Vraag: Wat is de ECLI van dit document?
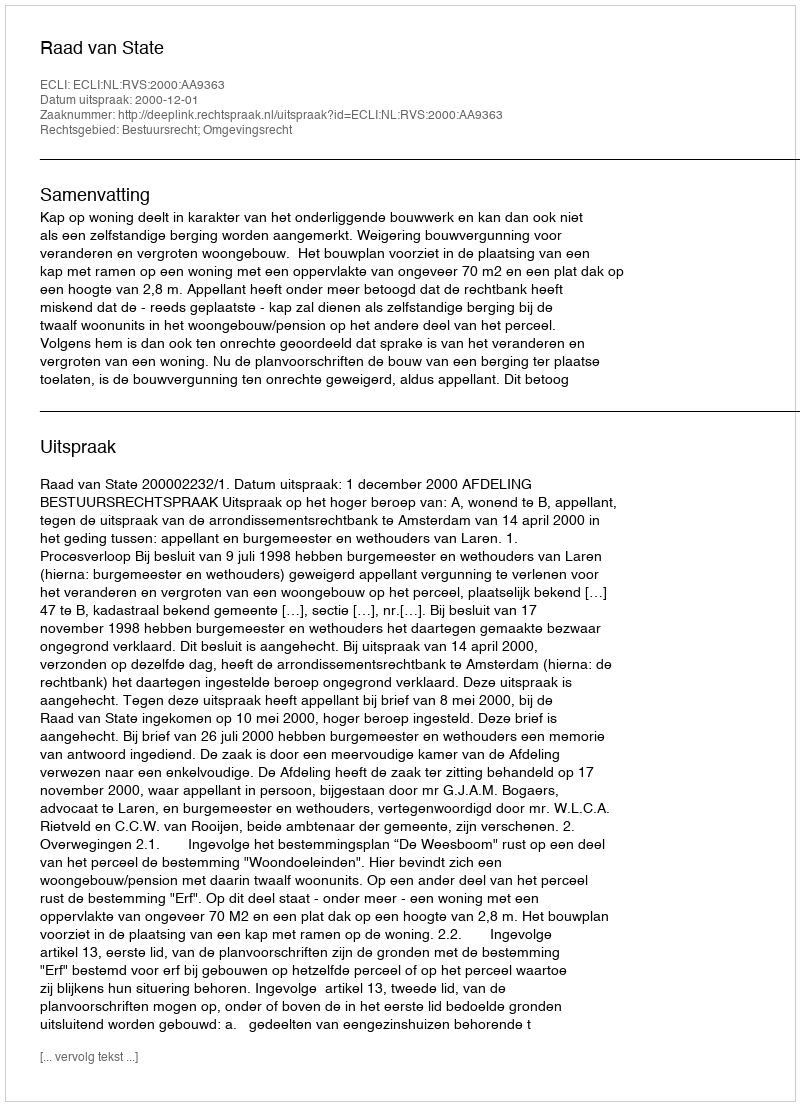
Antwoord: ECLI:NL:RVS:2000:AA9363